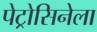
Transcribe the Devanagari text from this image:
पेट्रोसिनेला